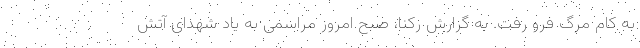
به کام مرگ فرو رفت. به گزارش رکنا، صبح امروز مراسمی به یاد شهدای آتش